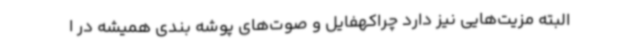
البته مزیت‌هایی نیز دارد چراکهفایل و صوت‌های پوشه بندی همیشه در ا